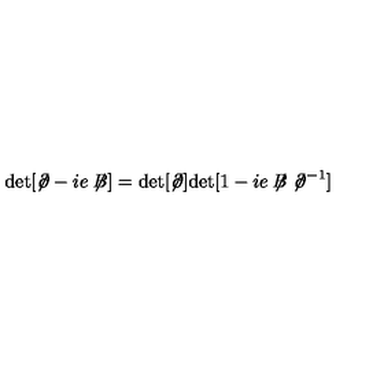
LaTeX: \mathrm { d e t } [ \not { \! \partial } - i e \not { \! \! B } ] = \mathrm { d e t } [ \not { \! \partial } ] \mathrm { d e t } [ 1 - i e \not { \! \! B } \not { \! \partial } ^ { - 1 } ]